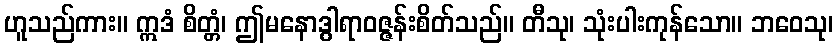
ဟူသည်ကား။ ဣဒံ စိတ္တံ၊ ဤမနောဒွါရာဝဇ္ဇန်းစိတ်သည်။ တီသု၊ သုံးပါးကုန်သော။ ဘဝေသု၊